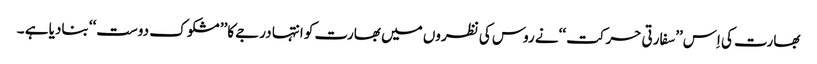
بھارت کی اِس’’سفارتی حرکت ‘‘نے روس کی نظروں میں بھارت کو انتہا درجے کا’’ مشکو ک دوست‘‘ بنادیا ہے ۔